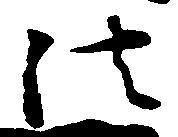
法